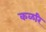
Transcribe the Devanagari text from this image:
कळरि